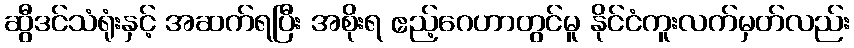
ဆွီဒင်သံရုံးနှင့် အဆက်ရပြီး အစိုးရ ဧည့်ဂေဟာတွင်မူ နိုင်ငံကူးလက်မှတ်လည်း